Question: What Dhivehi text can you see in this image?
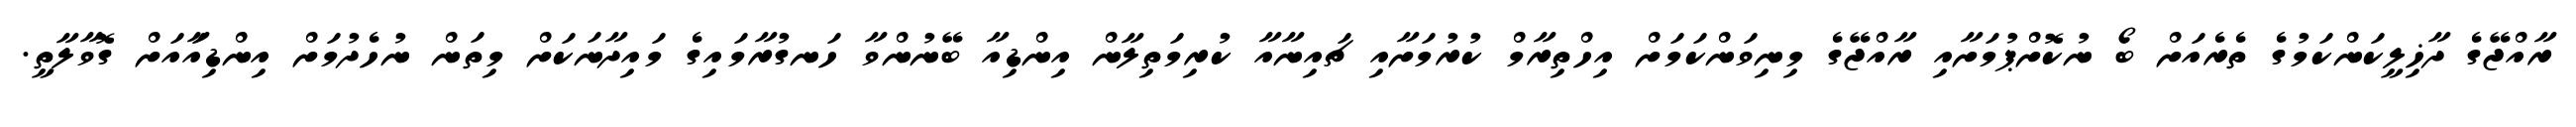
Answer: ރާއްޖޭގެ ދާޚިލީކަންކަމުގެ ތެރެއަށް ބޯ ނުކޮށްޕުމަށާއި ރާއްޖޭގެ މިނިވަންކަމަށް އިހްތިރާމް ކުރުމަށާއި ޗައިނާއާ ކުރިމަތިލާން އިންޑިއާ ބޭނުންވާ ހަނގުރާމައިގެ މައިދާނަކަށް މިތަން ނުހެދުމަށް އިންޑިއާައަށް ގޮވާލާތީ.